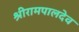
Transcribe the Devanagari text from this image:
श्रीरामपालदेव